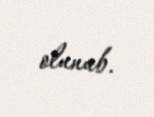
olunub.